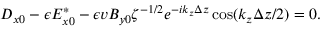
D _ { x 0 } - \epsilon E _ { x 0 } ^ { * } - \epsilon v B _ { y 0 } \zeta ^ { - 1 / 2 } e ^ { - i k _ { z } \Delta z } \cos ( k _ { z } \Delta z / 2 ) = 0 .